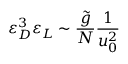
\varepsilon _ { D } ^ { 3 } \varepsilon _ { L } \sim \frac { \tilde { g } } { N } \frac { 1 } { u _ { 0 } ^ { 2 } }